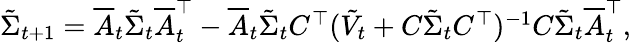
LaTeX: \begin{array}{r}{\tilde{\Sigma}_{t+1}=\overline{{A}}_{t}\tilde{\Sigma}_{t}\overline{{A}}_{t}^{\top}-\overline{{A}}_{t}\tilde{\Sigma}_{t}C^{\top}(\tilde{V}_{t}+C\tilde{\Sigma}_{t}C^{\top})^{-1}C\tilde{\Sigma}_{t}\overline{{A}}_{t}^{\top},}\end{array}